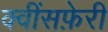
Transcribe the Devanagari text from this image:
क्वींसफ़ेरी